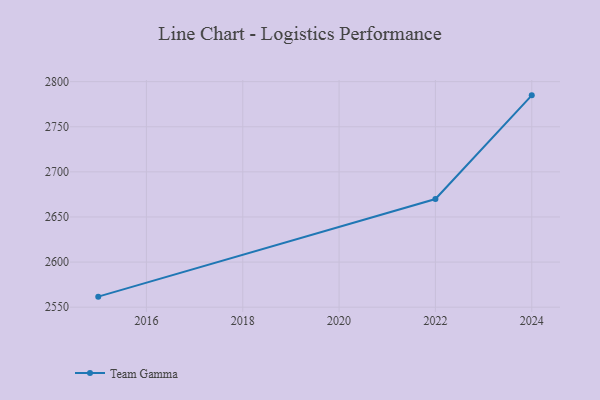
{"axis": {"x": "Year", "y": "Revenue (USD Million)"}, "legend": ["Team Gamma"], "data": [{"x": "2024", "y": 2784.8, "type": "Team Gamma"}, {"x": "2022", "y": 2669.9, "type": "Team Gamma"}, {"x": "2015", "y": 2561.7, "type": "Team Gamma"}]}